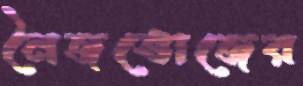
নৈজভোজের